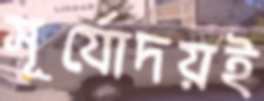
সূর্যোদয়ই